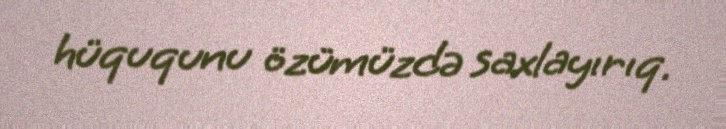
hüququnu özümüzdə saxlayırıq.